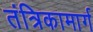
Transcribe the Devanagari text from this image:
तंत्रिकामार्ग